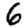
Digit: 6